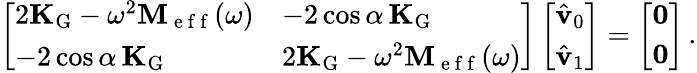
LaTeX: \left[\begin{array}{ll}{2\mathbf{K}_{\mathrm{G}}-\omega^{2}\mathbf{M}_{\mathrm{~e~f~f~}}(\omega)}&{-2\cos\alpha\, \mathbf{K}_{\mathrm{G}}}\\ {-2\cos\alpha\, \mathbf{K}_{\mathrm{G}}}&{2\mathbf{K}_{\mathrm{G}}-\omega^{2}\mathbf{M}_{\mathrm{~e~f~f~}}(\omega)}\end{array}\right]\left[\begin{array}{l}{\hat{\mathbf{v}}_{0}}\\ {\hat{\mathbf{v}}_{1}}\end{array}\right]=\left[\begin{array}{l}{\mathbf{0}}\\ {\mathbf{0}}\end{array}\right]\, .